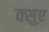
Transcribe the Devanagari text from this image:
क्सुए